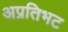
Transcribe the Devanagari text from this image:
अप्रतिभट